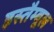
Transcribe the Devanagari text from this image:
इस्तैम्बूल